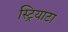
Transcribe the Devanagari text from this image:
स्ट्रियाटा